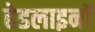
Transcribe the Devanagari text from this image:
हेडलाइनों